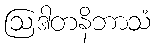
ဩဒါတနိဘာသံ